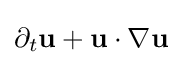
\partial _{t}\mathbf {u} +\mathbf {u} \cdot \nabla \mathbf {u}